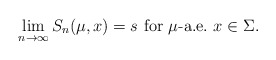
\begin{align*} \lim_{n\to \infty} S_n(\mu,x)=s\mbox{ for $\mu$-a.e.~$x\in \Sigma$}. \end{align*}